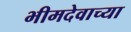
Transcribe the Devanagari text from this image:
भीमदेवाच्या